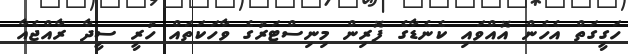
ހަގީގަތް އެހެން އޮއްވައި ކެނެޑާގެ ފޮރިން މިނިސްޓަރުގެ ވާހަކަތައް ހުރީ ސީދާ ރާއްޖެއާ